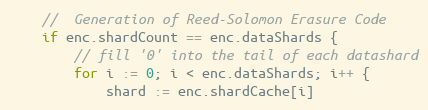
Language: Go
	//  Generation of Reed-Solomon Erasure Code
	if enc.shardCount == enc.dataShards {
		// fill '0' into the tail of each datashard
		for i := 0; i < enc.dataShards; i++ {
			shard := enc.shardCache[i]